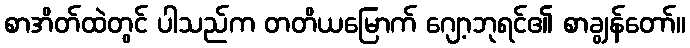
စာအိတ်ထဲတွင် ပါသည်က တတိယမြောက် ဂျော့ဘုရင်၏ စာချွန်တော်။